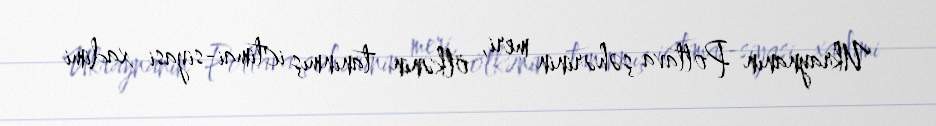
Ukraynanın Poltava şəhərinin meri, ölkənin tanınmış ictimai-siyasi xadimi